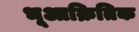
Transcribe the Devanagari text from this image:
भूआक्रितिक